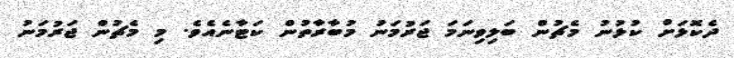
ދެކޮޅަށް ކުޅުނު މެޗުން ބަލިވިނަމަ ޖަރުމަނު މުބާރާތުން ކަޓާނެއެވެ. މި މެޗުން ޖަރުމަނު